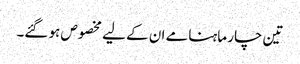
تین چار ماہنامے ان کے لیے مخصوص ہو گئے۔